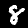
Digit: 8